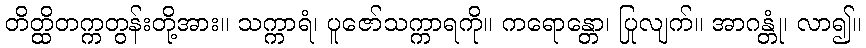
တိတ္ထိတက္ကတွန်းတို့အား။ သက္ကာရံ၊ ပူဇော်သက္ကာရကို။ ကရောန္တော၊ ပြုလျက်။ အာဂန္တုံ၊ လာ၍။